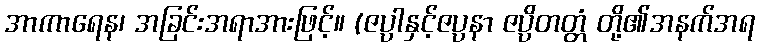
အာကာရေန၊ အခြင်းအရာအားဖြင့်။ (ဇပ္ပါနှင့်ဇပ္ပနာ ဇပ္ပိတတ္တံ တို့၏အနက်အရ